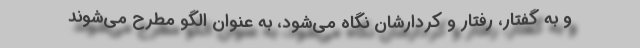
و به گفتار،‌ رفتار و کردارشان نگاه می‌شود، به عنوان الگو مطرح می‌شوند